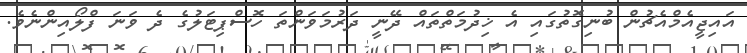
އައިޖީއެމްއެޗުން ބުނިގޮތުގައި އެ ޚިދުމަތްތައް ދޭނީ ދަރުމަވަންތަ ހޮސްޕިޓަލުގެ ދެ ވަނަ ފްލޯއިންނެވެ.